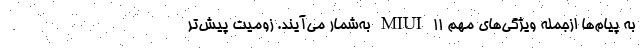
به پیام‌ها ازجمله‌ ویژگی‌های مهم MIUI 11 به‌شمار می‌آیند. زومیت پیش‌تر